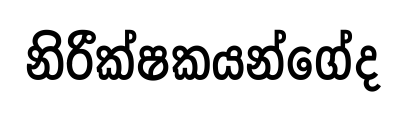
නිරීක්ෂකයන්ගේද